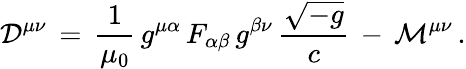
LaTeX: {\mathcal{D}}^{\mu\nu}\, =\, {\frac{1}{\mu_{0}}}\, g^{\mu\alpha}\, F_{\alpha\beta}\, g^{\beta\nu}\, {\frac{\sqrt{-g}}{c}}\, -\, {\mathcal{M}}^{\mu\nu}\, .